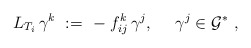
\begin{align*}L_{T_i}\,\gamma^k \ := \ -\; f_{ij}^k\,\gamma^j, \ \quad\gamma^j \in{\mathcal G}^* \ ,\end{align*}